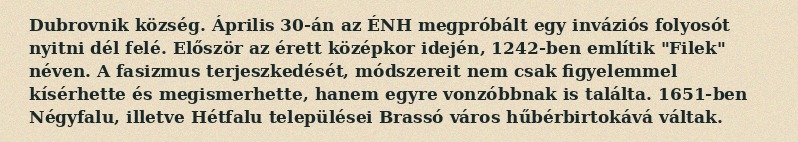
Dubrovnik község. Április 30-án az ÉNH megpróbált egy inváziós folyosót nyitni dél felé. Először az érett középkor idején, 1242-ben említik "Filek" néven. A fasizmus terjeszkedését, módszereit nem csak figyelemmel kísérhette és megismerhette, hanem egyre vonzóbbnak is találta. 1651-ben Négyfalu, illetve Hétfalu települései Brassó város hűbérbirtokává váltak.